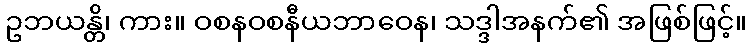
ဥဘယန္တိ၊ ကား။ ဝစနဝစနီယဘာဝေန၊ သဒ္ဒါအနက်၏ အဖြစ်ဖြင့်။